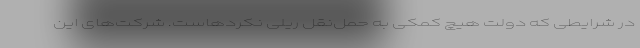
در شرایطی که دولت هیچ کمکی به حمل‌نقل ریلی نکردهاست. شرکت‌های این